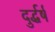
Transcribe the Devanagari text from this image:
दुर्द्धर्ष